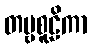
တမ္ဗစူဠိကာ